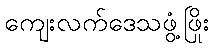
ကျေးလက်ဒေသဖွံ့ဖြိုး